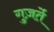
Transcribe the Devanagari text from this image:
गुज़र्ते